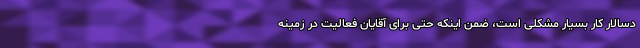
دسالار کار بسیار مشکلی است، ضمن اینکه حتی برای آقایان فعالیت در زمینه